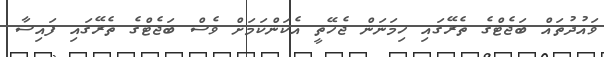
ވައުދުތައް ބަޖެޓްގެ ތެރޭގައި ހިމަނަން ޖެހޭތީ އެކަންކަމަށް ވެސް ބަޖެޓްގެ ތެރޭގައި ފައިސާ